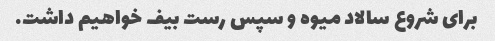
برای شروع سالاد میوه و سپس رست بیف خواهیم داشت.